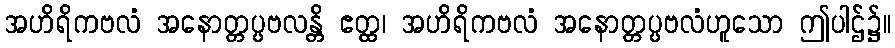
အဟိရိကဗလံ အနောတ္တပ္ပဗလန္တိ ဧတ္ထ၊ အဟိရိကဗလံ အနောတ္တပ္ပဗလံဟူသော ဤပါဌ်၌။